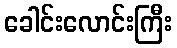
ခေါင်းလောင်းကြီး